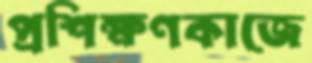
প্রশিক্ষণকাজে